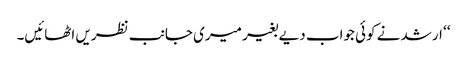
‘‘ ارشد نے کوئی جواب دیے بغیر میری جانب نظریں اٹھائیں۔